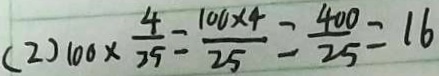
( 2 ) 1 0 0 \times \frac { 4 } { 2 5 } = \frac { 1 0 0 \times 4 } { 2 5 } = \frac { 4 0 0 } { 2 5 } = 1 6